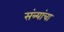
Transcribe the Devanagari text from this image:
संत्र्यांचा